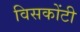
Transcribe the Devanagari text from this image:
विसकोंटी